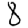
Digit: 8